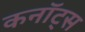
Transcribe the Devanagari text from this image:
कनॉट्स